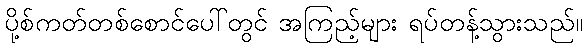
ပို့စ်ကတ်တစ်စောင်ပေါ်တွင် အကြည့်များ ရပ်တန့်သွားသည်။